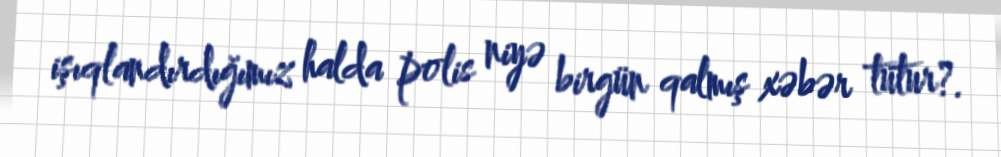
işıqlandırdığımız halda polis niyə birgün qalmış xəbər tutur?.